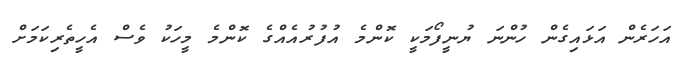
އަހަރެން އަޅައިގެން ހުންނަ ޔުނީފޯމަކީ ކޮންމެ އުފުރުއެއްގެ ކޮންމެ މީހަކު ވެސް އެހީތެރިކަމަށް